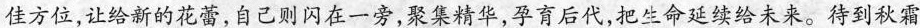
佳方位，让给新的花蕾，自己则闪在一旁，聚集精华，孕育后代，把生命延续给未来。待到秋霜